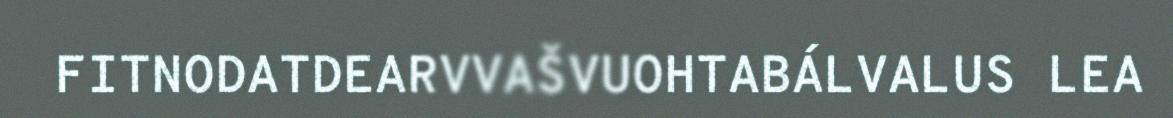
FITNODATDEARVVAŠVUOHTABÁLVALUS LEA